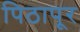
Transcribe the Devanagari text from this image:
पिठापूर